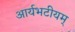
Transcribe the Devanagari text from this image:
आर्यभटीयम्‌